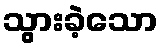
သွားခဲ့သော